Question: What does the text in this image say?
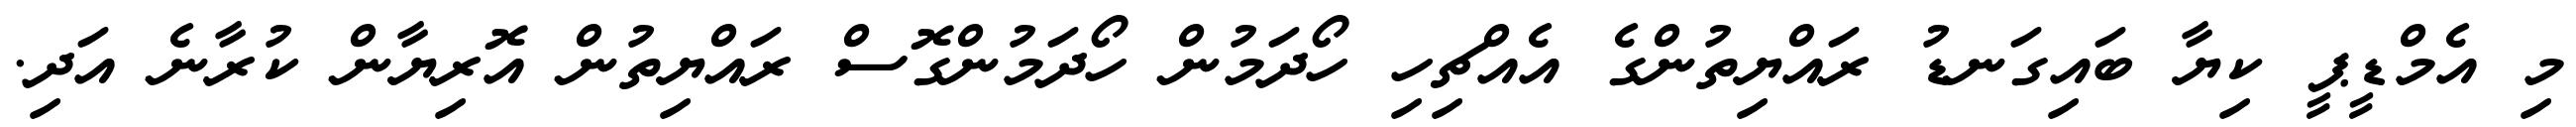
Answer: މި އެމްޑީޕީ ކިޔާ ބައިގަނޑު ރައްޔިތުންގެ އެއްޗިހި ހޯދަމުން ހޯދަމުންގޮސް ރައްޔިތުން އޮރިޔާން ކުރާނެ އަދި.